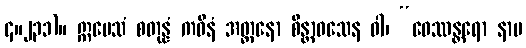
၄။၂၃၁)။ ဣမေသံ စတုန္နံ ကဝီနံ အတ္တနော စိန္တာဝသေန ဝါ၊ “ဝေဿန္တရော နာမ